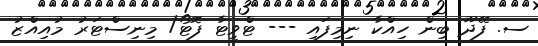
ސ. ފޭދޫ ބިން ހިއްކާ ނިމިފައި --- ޓްވީޓާ ފޮޓޯ/ މިނިސްޓަރު މުއިއްޒު